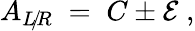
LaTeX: A_{L\! /\! R}\; =\; C\pm\mathcal{E}\; ,